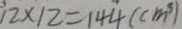
1 2 \times 1 2 = 1 4 4 ( c m ^ { 3 } )